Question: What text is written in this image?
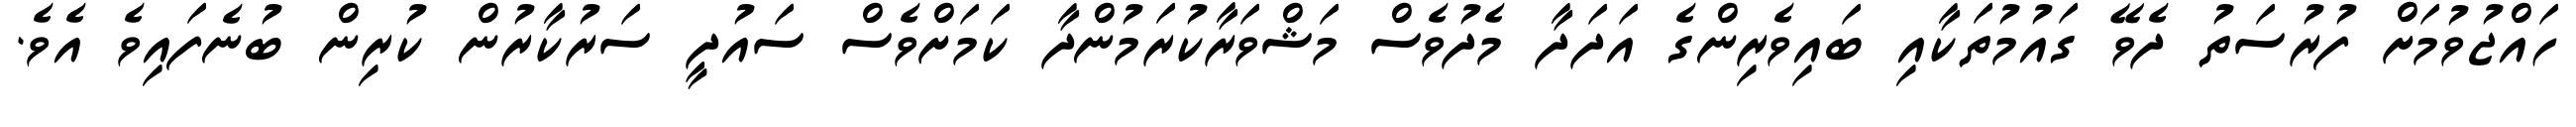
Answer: ހައްޖުވުމަށް ފުރުސަތު ދެވޭ ގައުމުތަކާއި ބައިވެރިންގެ އަދަދާ މެދުވެސް މަޝްވަރާކުރަމުންދާ ކަމަށްވެސް ސައުދީ ސަރުކާރުން ކުރިން ބުނެފައިވެ އެވެ.